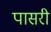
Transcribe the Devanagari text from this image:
पासरी